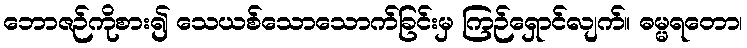
ဘောဇဉ်ကိုစား၍ သေယစ်သောသောက်ခြင်းမှ ကြဉ်ရှောင်လျက်။ ဓမ္မရတော၊